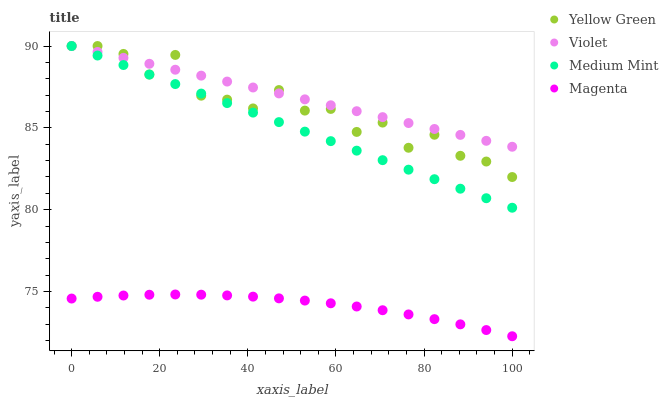
| xaxis_label | Yellow Green | Violet | Medium Mint | Magenta |
 | --- | --- | --- | --- | --- |
 | 0 | 90 | 90 | 90 | 74.6 |
 | 5.88 | 90 | 89.6 | 89.4 | 74.7 |
 | 11.8 | 89.5 | 89.3 | 88.8 | 74.8 |
 | 17.6 | 88.3 | 88.9 | 88.3 | 74.8 |
 | 23.5 | 89.5 | 88.6 | 87.7 | 74.8 |
 | 29.4 | 87 | 88.2 | 87.1 | 74.8 |
 | 35.3 | 86.7 | 87.8 | 86.5 | 74.8 |
 | 41.2 | 86.2 | 87.5 | 85.9 | 74.7 |
 | 47.1 | 87.3 | 87.1 | 85.4 | 74.6 |
 | 52.9 | 86.1 | 86.7 | 84.8 | 74.4 |
 | 58.8 | 86.2 | 86.4 | 84.2 | 74.3 |
 | 64.7 | 84.8 | 86 | 83.6 | 74.1 |
 | 70.6 | 85.3 | 85.7 | 83 | 73.9 |
 | 76.5 | 83.8 | 85.3 | 82.4 | 73.6 |
 | 82.4 | 84.6 | 84.9 | 81.9 | 73.3 |
 | 88.2 | 83.3 | 84.6 | 81.3 | 73 |
 | 94.1 | 82.9 | 84.2 | 80.7 | 72.6 |
 | 100 | 82 | 83.8 | 80.1 | 72.3 |